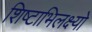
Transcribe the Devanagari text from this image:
शिष्टाभिलक्ष्यो